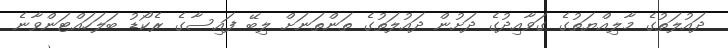
ދައުލަތުގެ މާލިއްޔަތުގެ ގަވާއިދުގެ ދަށުން ދައުލަތުގެ ތަންތަނަށް ލިބޭ ފައިސާގެ ރެކޯޑު ބަލަހައްޓަންވާނެ